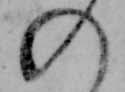
の